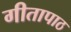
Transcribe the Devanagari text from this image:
गीतापाठ